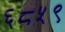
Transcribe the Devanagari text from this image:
६८५९